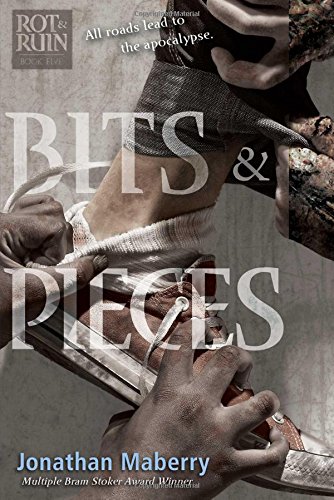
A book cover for Bits & Pieces (Rot & Ruin); Jonathan Maberry; Teen & Young Adult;